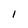
Character: I